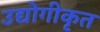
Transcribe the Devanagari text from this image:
उद्योगीकृत